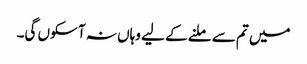
میں تم سے ملنے کے لیے وہاں نہ آ سکوں گی۔